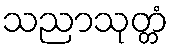
သညာသုတ္တံ